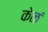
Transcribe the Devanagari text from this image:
केळं